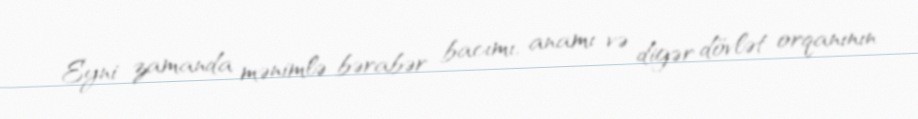
Eyni zamanda mənimlə bərabər bacımı, anamı və digər dövlət orqanının